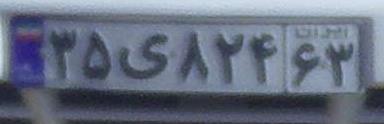
۳۵ی۸۲۴۶۳